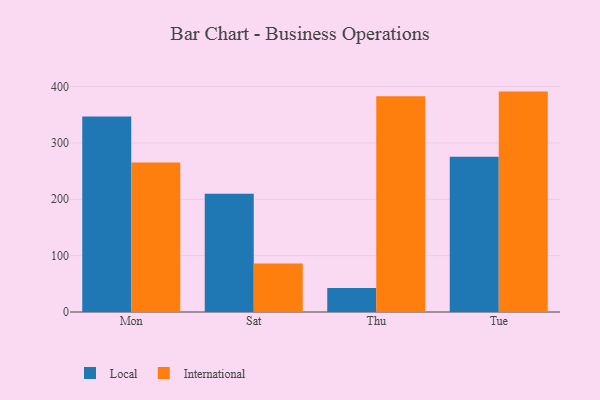
{"axis": {"x": "Day", "y": "Net Income (USD K)"}, "legend": ["International", "Local"], "data": [{"x": "Mon", "y": 346.9, "type": "Local"}, {"x": "Mon", "y": 265.3, "type": "International"}, {"x": "Sat", "y": 209.8, "type": "Local"}, {"x": "Sat", "y": 86.2, "type": "International"}, {"x": "Thu", "y": 42.5, "type": "Local"}, {"x": "Thu", "y": 382.8, "type": "International"}, {"x": "Tue", "y": 275.3, "type": "Local"}, {"x": "Tue", "y": 391.1, "type": "International"}]}